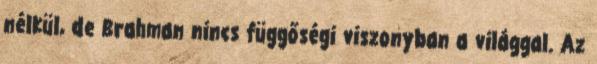
nélkül, de Brahman nincs függőségi viszonyban a világgal. Az